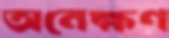
অনেক্ষণ